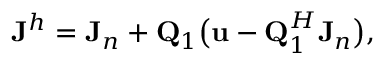
\begin{array} { r } { \mathbf { J } ^ { h } = \mathbf { J } _ { n } + \mathbf { Q } _ { 1 } \big ( \mathbf { u } - \mathbf { Q } _ { 1 } ^ { H } \mathbf { J } _ { n } \big ) , } \end{array}